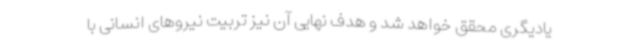
یادیگری محقق خواهد شد و هدف نهایی آن نیز تربیت نیروهای انسانی با